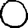
Digit: 0